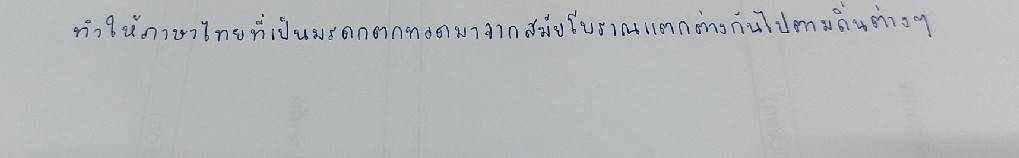
ทำให้ภาษาไทยที่เป็นมรดกตกทอดมาจากสมัยโบราณแตกต่างกันไปตามถิ่นต่างๆ